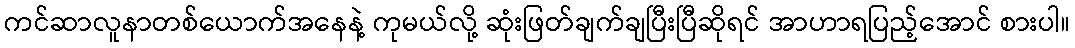
ကင်ဆာလူနာတစ်ယောက်အနေနဲ့ ကုမယ်လို့ ဆုံးဖြတ်ချက်ချပြီးပြီဆိုရင် အာဟာရပြည့်အောင် စားပါ။